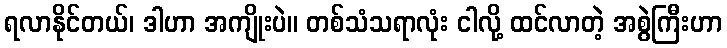
ရလာနိုင်တယ်၊ ဒါဟာ အကျိုးပဲ။ တစ်သံသရာလုံး ငါလို့ ထင်လာတဲ့ အစွဲကြီးဟာ